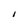
Character: I